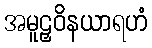
အမူဠှဝိနယာရဟံ